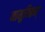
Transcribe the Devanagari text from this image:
नामुम्किन्